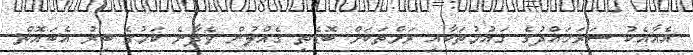
އެއާއެކު ސަރަހައްދުގެ ގައުމުތަކާއި ރަށްތަކަށް ބޮޑެތި ގެއްލުން ވެދާނެ ކަމުގެ ބިރު އެބައޮތް